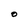
Character: O